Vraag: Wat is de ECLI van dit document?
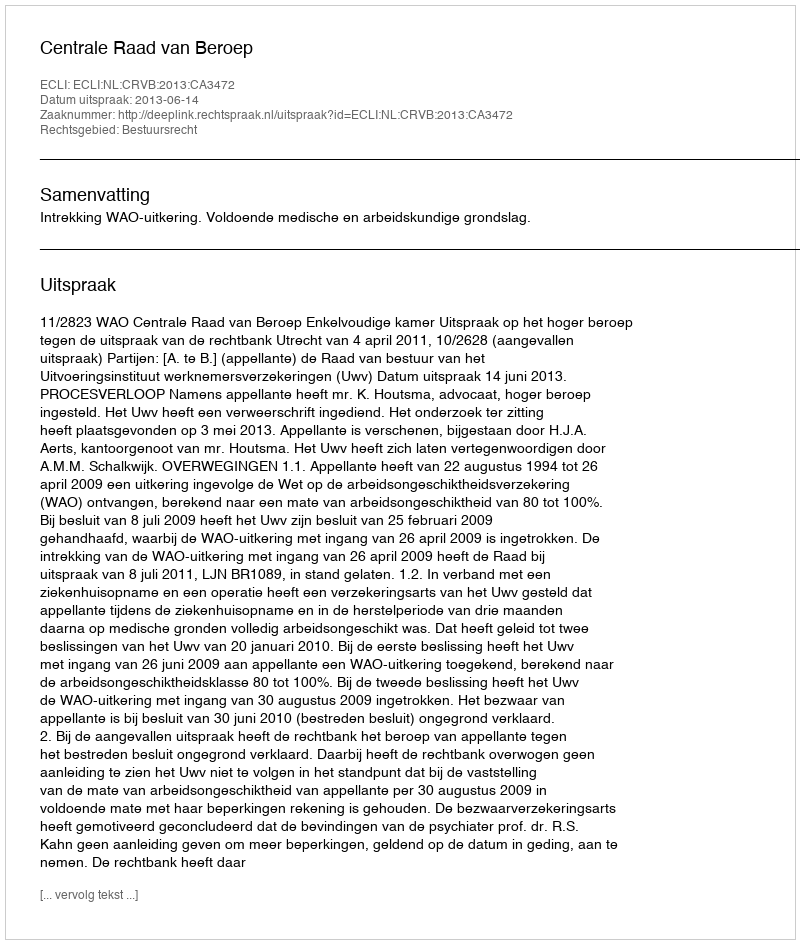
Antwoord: ECLI:NL:CRVB:2013:CA3472